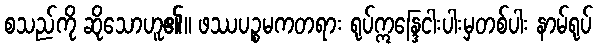
စသည်ကို ဆိုသောဟူ၏။ ဖဿပဉ္စမကတရား ရုပ်ဣန္ဒြေငါးပါးမှတစ်ပါး နာမ်ရုပ်